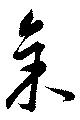
余